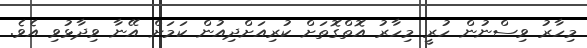
މިހާރު ވިސްނުން ހުރީ މިހާރު އޮތްގޮތަށް ކުރިއަށްދިއުން ކަމަށް އޭނާ ވިދާޅުވި އެވެ.